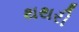
થથરી